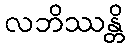
လဘိဿန္တိ